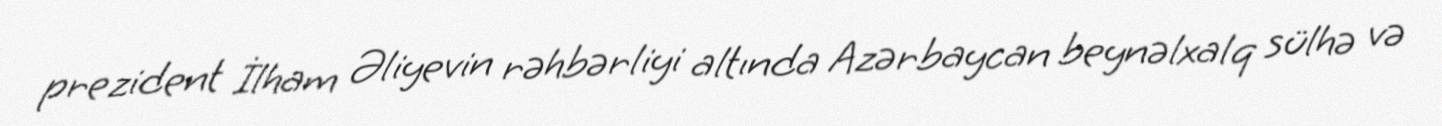
prezident İlham Əliyevin rəhbərliyi altında Azərbaycan beynəlxalq sülhə və